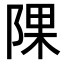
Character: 𨺁